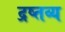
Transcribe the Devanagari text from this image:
द्रष्तव्य